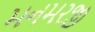
મનમરજી